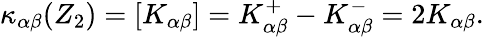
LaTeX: \kappa_{\alpha\beta}(Z_{2})=[K_{\alpha\beta}]=K_{\alpha\beta}^{+}-K_{\alpha\beta}^{-}=2K_{\alpha\beta}.